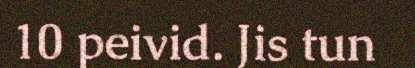
10 peivid. Jis tun